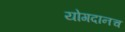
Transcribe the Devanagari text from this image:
योगदानच